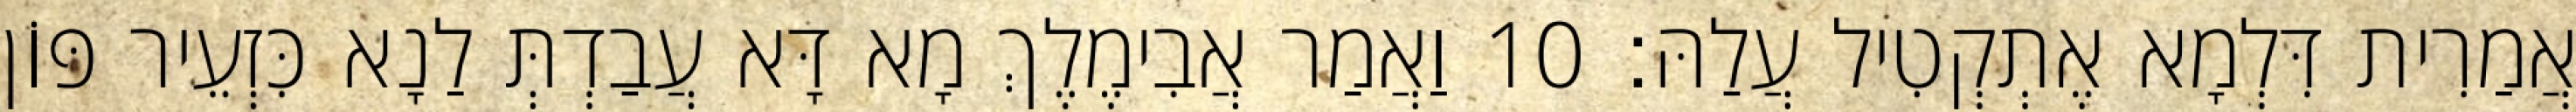
אֲמַרִית דִּלְמָא אֶתְקְטִיל עֲלַהּ׃ 10 וַאֲמַר אֲבִימֶלֶךְ מָא דָּא עֲבַדְתְּ לַנָא כִּזְעֵיר פּוֹן